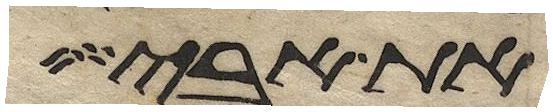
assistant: את אחרי